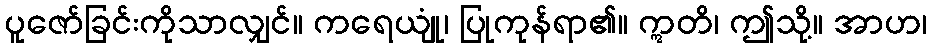
ပူဇော်ခြင်းကိုသာလျှင်။ ကရေယျုံ၊ ပြုကုန်ရာ၏။ ဣတိ၊ ဤသို့။ အာဟ၊